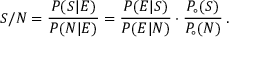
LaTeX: S / N = \frac { P ( S | E ) } { P ( N | E ) } = \frac { P ( E | S ) } { P ( E | N ) } \cdot \frac { P _ { \circ } ( S ) } { P _ { \circ } ( N ) } \, .